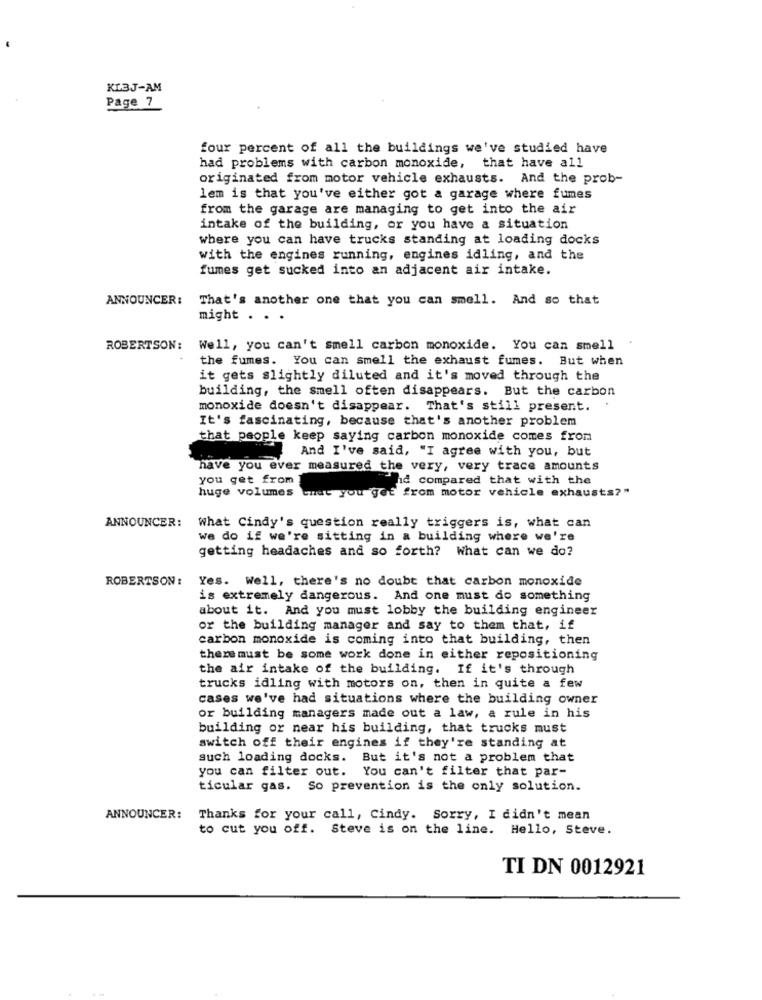
KL3J-AM
Page 7
four percent of all the buildings we've studied have
had problems with carbon monoxide, that have all
originated from motor vehicle exhausts. And the prob-
lem is that you've either got a garage where fumes
from the garage are managing to get into the air
intake of the building, or you have a situation
where you can have trucks standing at loading docks
with the engines running, engines idling, and the
fumes get sucked into an adjacent air intake.
ANNOUNCER: That's another one that you can smell. And so that
might . . .
ROBERTSON: Well, you can't smell carbon monoxide. You can smell
the fumes. You can smell the exhaust fumes. But when
it gets slightly diluted and it's moved through the
building, the smell often disappears. But the carbon
monoxide doesn't disappear. That's still present.
It's fascinating, because that's another problem
that people keep saying carbon monoxide comes from
And I've said, "I agree with you, but
have you ever measured the very, very trace amounts
you get from
ind compared that with the
huge volumes that you get from motor vehicle exhausts?"
ANNOUNCER:
What Cindy's question really triggers is, what can
we do if we're sitting in a building where we're
getting headaches and so forth? What can we do?
ROBERTSON :
Yes. Well, there's no doubt that carbon monoxide
is extremely dangerous. And one must do something
about it. And you must lobby the building engineer
or the building manager and say to them that, if
carbon monoxide is coming into that building, then
there must be some work done in either repositioning
the air intake of the building. If it's through
trucks idling with motors on, then in quite a few
cases we've had situations where the building owner
or building managers made out a law, a rule in his
building or near his building, that trucks must
switch off their engines if they're standing at
such loading docks. But it's not a problem that
you can filter out. You can't filter that par-
ticular gas. So prevention is the only solution.
ANNOUNCER:
Thanks for your call, Cindy. Sorry, I didn't mean
to cut you off. Steve is on the line. Hello, Steve.
TI DN 0012921